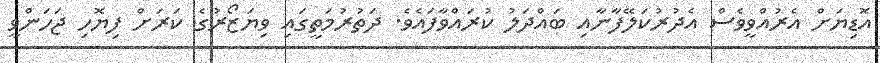
އޮޑިޔަށް އެރުއްވީވެސް އެދުރުކަލޭފާނާއި ބައްދަލު ކުރައްވާފައެވެ. ދަތުރުމަތީގައި ވިޔަޒޯރުގެ ކަރަށް ފިޔޮހި ޖަހަންވީ